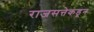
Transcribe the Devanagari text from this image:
राजसत्तेकडून